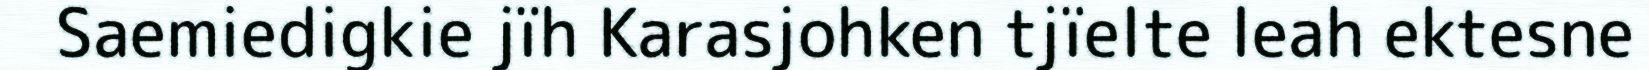
Saemiedigkie jïh Karasjohken tjïelte leah ektesne